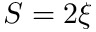
S = 2 \xi